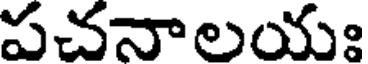
పచనాలయః